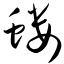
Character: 蝼